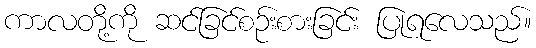
ကာလတို့ကို ဆင်ခြင်စဉ်းစားခြင်း ပြုရလေသည်။